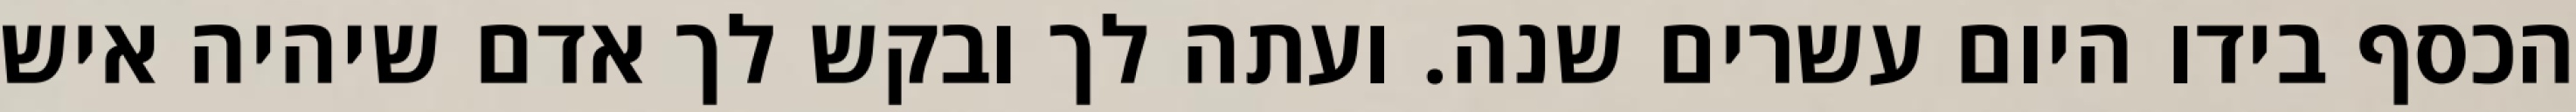
הכסף בידו היום עשרים שנה. ועתה לך ובקש לך אדם שיהיה איש